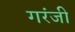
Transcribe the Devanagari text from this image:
गरंजी